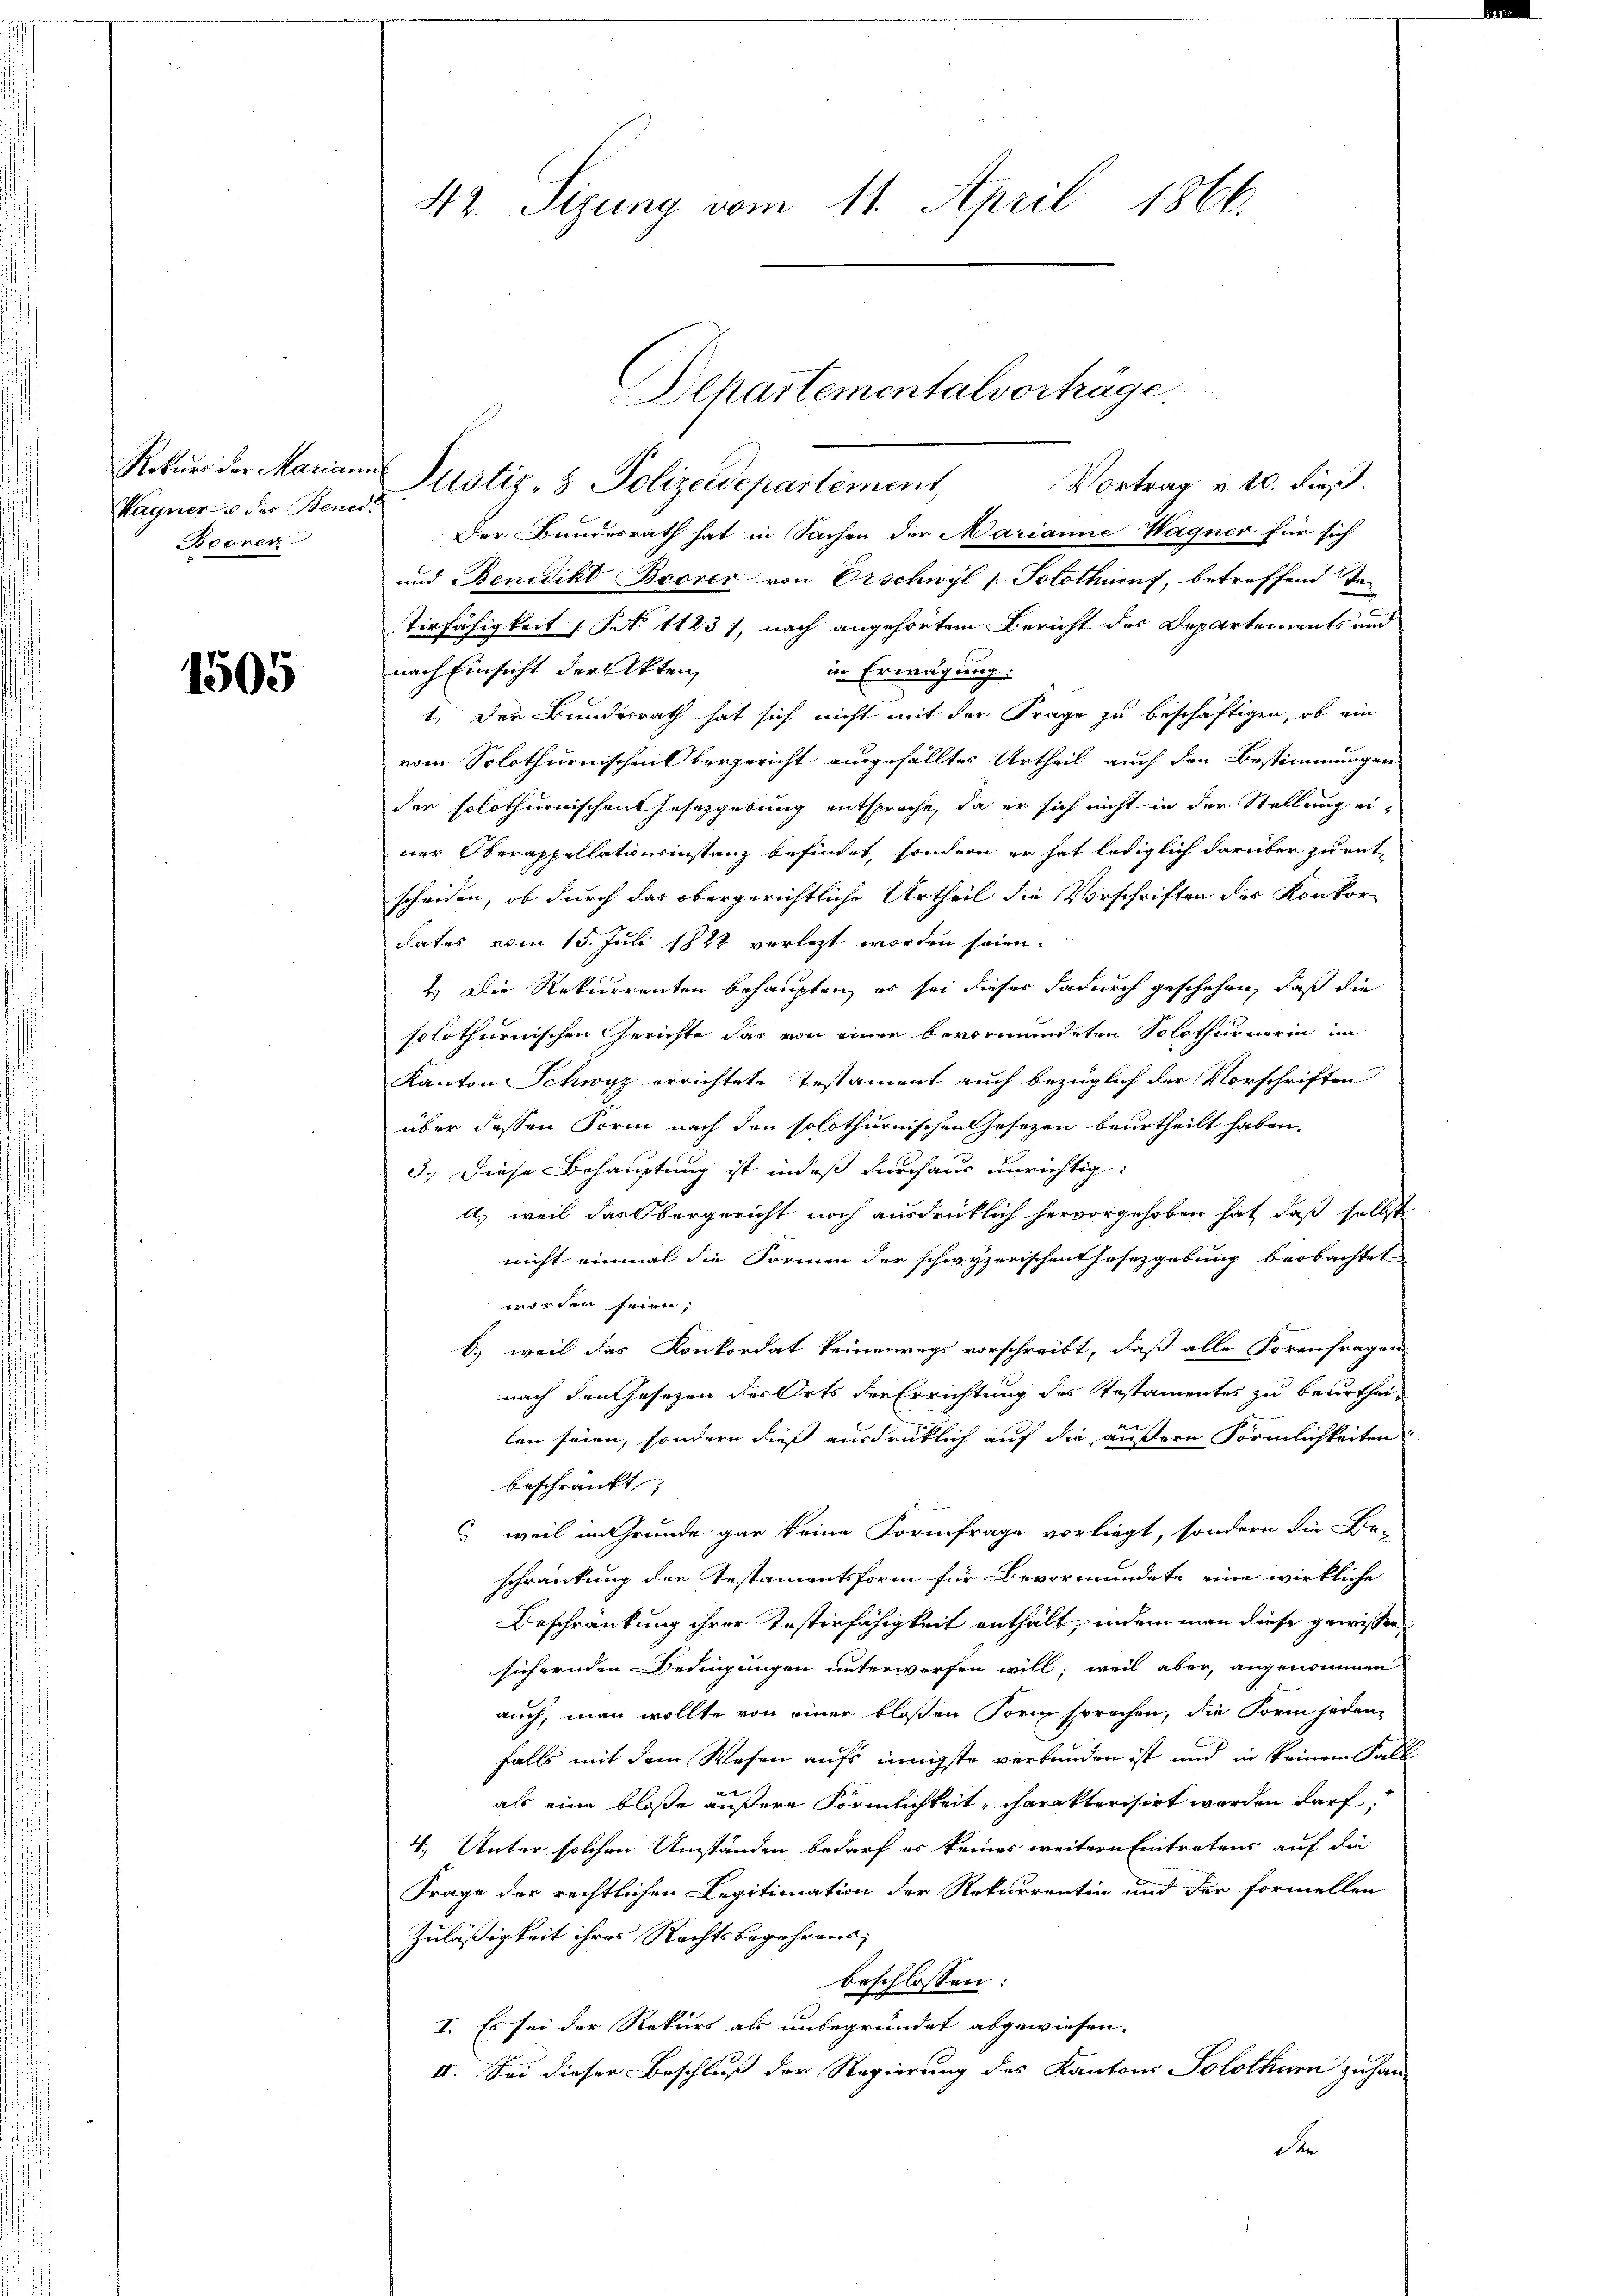
Rekurs der Mariann
Wagner des Bened
Booren

1505

42. Sizung vom 11. April 1866.

Justiz- & Polizeidepartement
Vortrag v. 10. dieß.
Der Bundesrath hat in Sachen der Marianne Wagner für sich
und Benedikt Boorer von Orschwyl /: Solothuruf, betreffend Te¬
Tirfähigkeit 1. No 11231, nach angehörtem Bericht der Departements und
nach Einsicht der Akten,
in Erwägung:
1. Der Bundesrath hat sich nicht mit der Frage zu beschäftigen, ob ein
vom Solothurnischen Obergericht ausgefälltes Urtheil auch den Bestimmungen
der solothurnischen Gesetzgebung entsproche, da er sich nicht in der Stellung einer Oberappellationsinstanz befindet, sondern er hat lediglich darüber zu entscheiden, ob durch das obergerichtliche Urtheil die Vorschriften des Konkordates vom 15. Juli 1882 vorlezt worden seien.
2.) Die Rekurrenten behaupten, es sei dieser dadurch geschehen, daß die
solothurnischen Gerichte das von einer bevormundeten Solothurnerin im
Kanton Schwyz errichtete Testament auch bezüglich der Vorschriften
über dessen Form nach den solothurnischen Gesezen beurtheilt haben.
3. Diese Behauptung ist indeß durchaus unrichtig¬
A.) weil das Obergericht noch ausdrücklich hervorgehoben hat, daß selbst
nicht einmal die Formen der schwyzerischen Ersezgebung beobachtet
worden seien,
b.) weil das Konkordat keineswegs vorschreibt, daß alle Forenfragen
nach den Gesetzen des Orts der Errichtung des Testamentes zu beurthei-
len seien, sondern dieß ausdrüklich auf die äußere Förmlichkeiten
beschränkt
 weil im Grunde gar keine Formfrage vorliegt, sondern die Be-
schränkung der Testamentsform für Bevormundete eine wirkliche
Beschränkung ihrer Testirfähigkeit enthält, indem man diese gewissen
sichernden Bedingungen unterwerfen will, weil aber, angenommen
auch, man wollte von einer bloßen Form sprechen, die Form jeden
falls mit dem Wesen aufs innigste verbunden ist und in keinem Fall
als eine bloße äußere Förmlichkeit, charakterisirt worden darf.
4. Unter solchen Umständen bedarf es keines weitern Eintretens auf die
Frage der rechtlichen Legitimation der Rekurrentin und der formellen
Zuläßigkeit ihres Rechtsbegehrens,
beschlossen:
I. Es sei der Rekurs als unbegründet abgewiesen.
II. Sei dieser Beschluß der Regierung des Kantons Solothurn zu han-
der

Departementalvorträge.